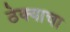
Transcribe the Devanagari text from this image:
ठेक्याचा